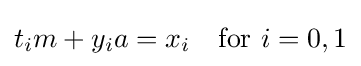
t_{i}m+y_{i}a=x_{i}\quad {\text{for }}i=0,1